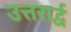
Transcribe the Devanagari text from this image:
उत्तरार्द्व